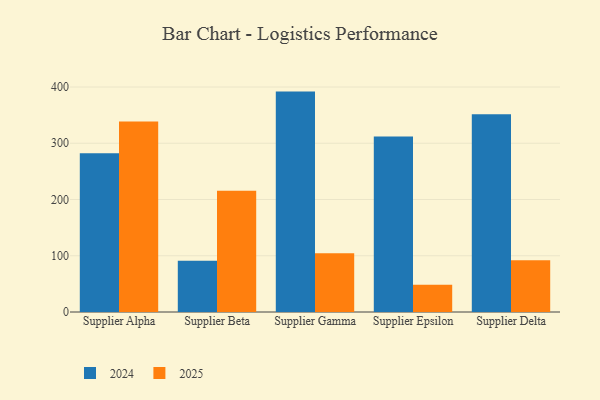
{"axis": {"x": "Supplier", "y": "Conversion Rate (%)"}, "legend": ["2024", "2025"], "data": [{"x": "Supplier Alpha", "y": 338.7, "type": "2025"}, {"x": "Supplier Alpha", "y": 282.4, "type": "2024"}, {"x": "Supplier Beta", "y": 215.4, "type": "2025"}, {"x": "Supplier Beta", "y": 90.9, "type": "2024"}, {"x": "Supplier Gamma", "y": 104.6, "type": "2025"}, {"x": "Supplier Gamma", "y": 391.8, "type": "2024"}, {"x": "Supplier Epsilon", "y": 48.6, "type": "2025"}, {"x": "Supplier Epsilon", "y": 312.1, "type": "2024"}, {"x": "Supplier Delta", "y": 92.1, "type": "2025"}, {"x": "Supplier Delta", "y": 351.7, "type": "2024"}]}